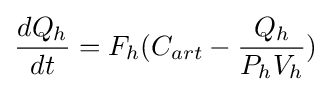
{dQ_{h} \over dt}=F_{h}(C_{art}-{{Q_{h}} \over {P_{h}V_{h}}})